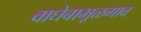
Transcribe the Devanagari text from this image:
वाघेबाभूळगाव